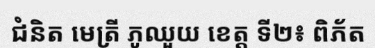
ជំនិត មេត្រី ភូឈួយ ខេត្ត ទី២៖ ពិភ័ត